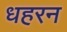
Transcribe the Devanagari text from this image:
धहरन